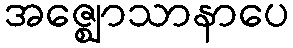
အဇ္ဈောသာနာပေ